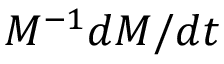
M ^ { - 1 } d M / d t